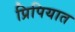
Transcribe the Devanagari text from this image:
प्रिपियात